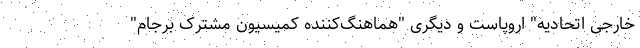
خارجی اتحادیه" اروپاست و دیگری "هماهنگ‌کننده کمیسیون مشترک برجام"